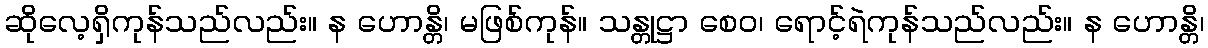
ဆိုလေ့ရှိကုန်သည်လည်း။ န ဟောန္တိ၊ မဖြစ်ကုန်။ သန္တုဋ္ဌာ စေဝ၊ ရောင့်ရဲကုန်သည်လည်း။ န ဟောန္တိ၊